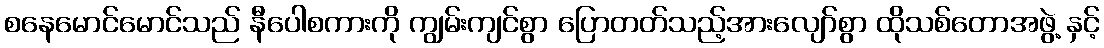
စနေမောင်မောင်သည် နီပေါစကားကို ကျွမ်းကျင်စွာ ပြောတတ်သည့်အားလျော်စွာ ထိုသစ်တောအဖွဲ့ နှင့်